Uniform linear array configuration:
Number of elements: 24
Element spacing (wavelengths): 0.25
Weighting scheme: hann
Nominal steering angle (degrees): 60
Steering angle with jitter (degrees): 59.582
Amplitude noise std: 0.05
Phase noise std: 0.05

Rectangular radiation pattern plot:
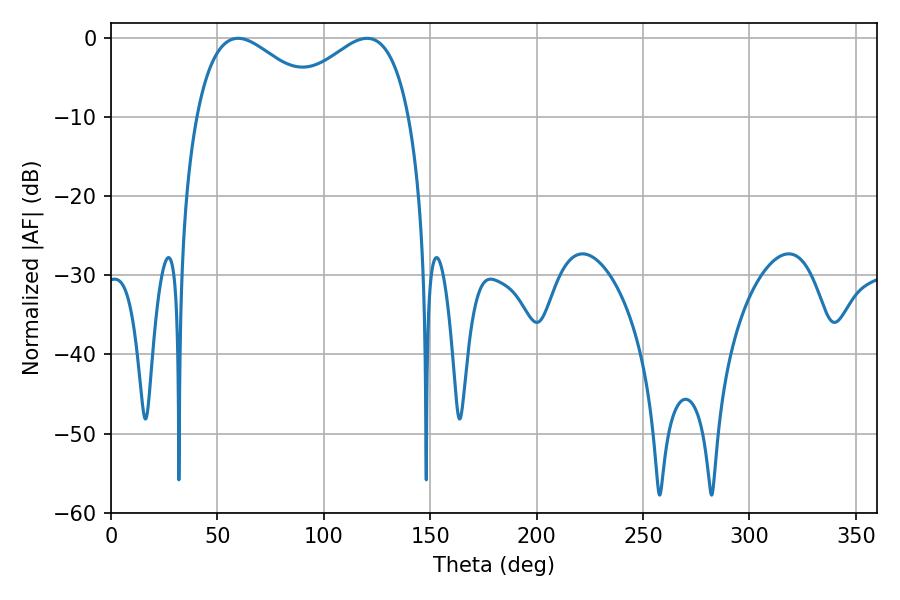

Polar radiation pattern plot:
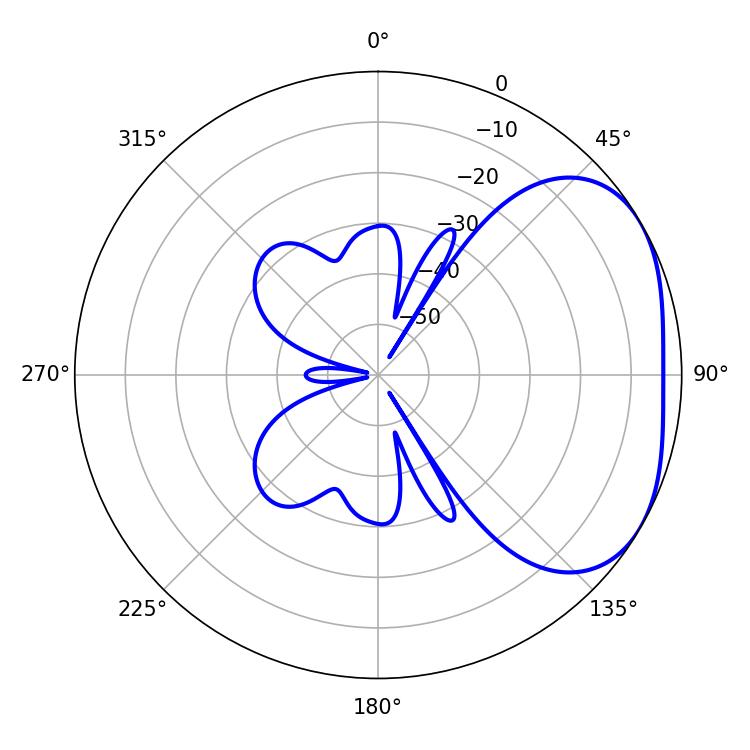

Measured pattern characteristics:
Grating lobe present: FALSE
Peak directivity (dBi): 2.986
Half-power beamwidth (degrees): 33.3
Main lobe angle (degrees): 59.76